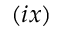
( i x )